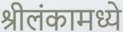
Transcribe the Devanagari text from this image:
श्रीलंकामध्ये